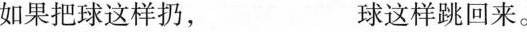
如果把球这样扔， 球这样跳回来。